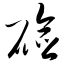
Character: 硷